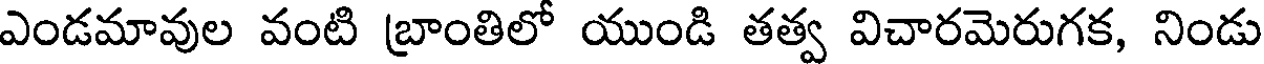
ఎండమావుల వంటి బ్రాంతిలో యుండి తత్వ విచారమెరుగక, నిండు